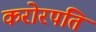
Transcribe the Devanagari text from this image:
करोरपति